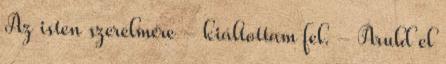
Az isten szerelmére - kiáltottam fel. - Áruld el